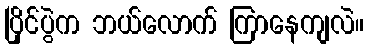
ပြိုင်ပွဲက ဘယ်လောက် ကြာနေကျလဲ။